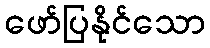
ဖော်ပြနိုင်သော